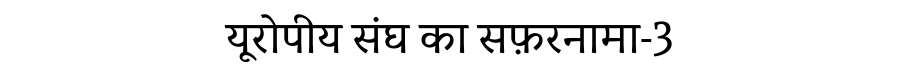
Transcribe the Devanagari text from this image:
यूरोपीय संघ का सफ़रनामा-3